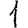
Digit: 1